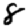
Digit: 8